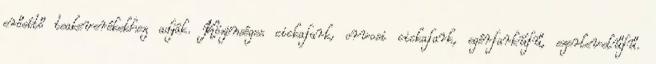
erősítő teakeverékekhez adják. Közönséges cickafark, orvosi cickafark, egérfarkúfű, ezerlevelűfű.